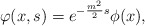
\begin{align*}\varphi (x,s) = e^{-\frac{m^2}{2} s} \phi (x), \end{align*}